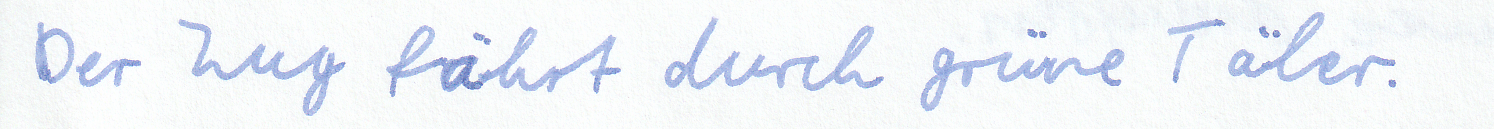
Der Zug fährt durch grüne Täler.